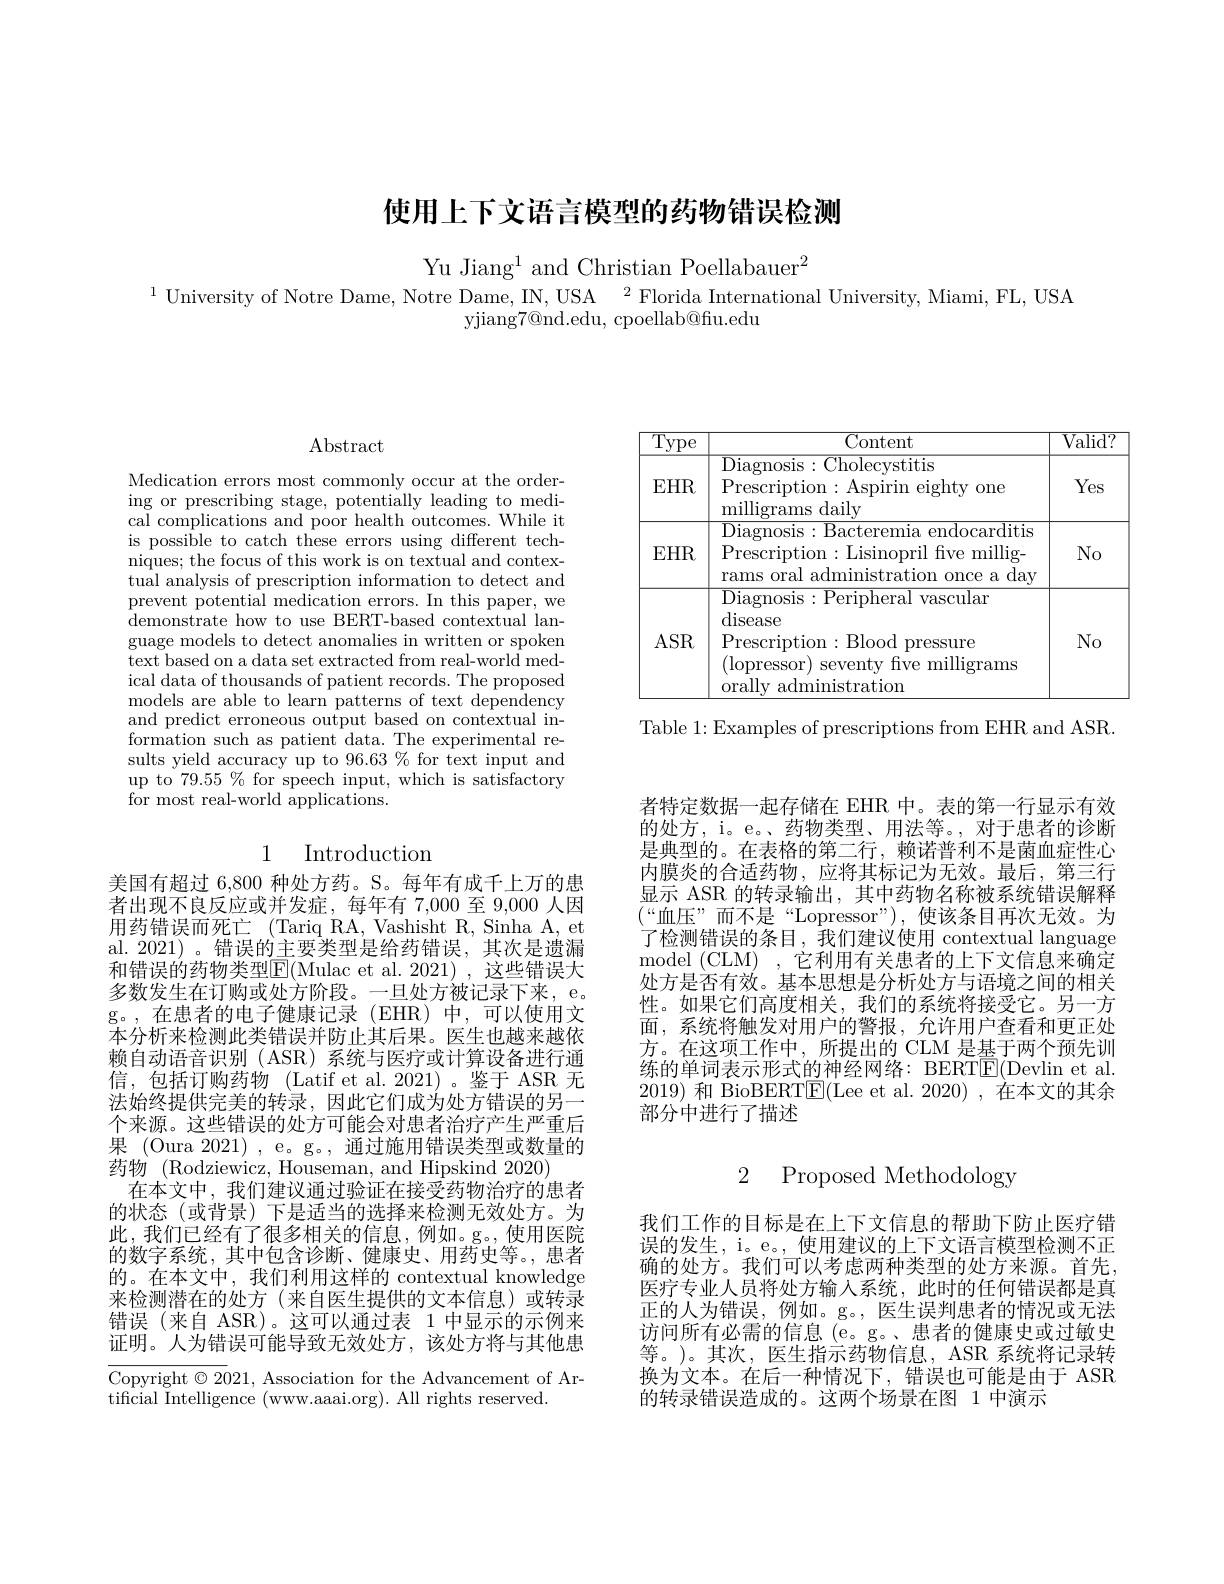
# 使用上下文语言模型的药物错误检测

Yu Jiang$^1$and Christian Poellabauer$^2$
$^{1}$ University of Notre Dame, Notre Dame, IN, USA$^2$ Florida International University, Miami, FL, USA

yjiang7@nd.edu, cpoellab@fu.edu

<table>
	<tbody>
		<tr>
			<th>$\overline{\mathrm{Type}}$</th>
			<th>Content</th>
			<th>$\overline{\mathrm{Valid?}}$</th>
		</tr>
		<tr>
			<td>$EHR$</td>
			<td>Diagnosis:Cholecystitis Prescription: Aspirin ${\mathrm{~eighty~one}}$ milligrams daily</td>
			<td>Yes</td>
		</tr>
		<tr>
			<td>$EHR$</td>
			<td>Diagnosis: Bacteremia endocarditis Prescription:Lisinopril fve millig- rams oral administration once a day</td>
			<td>$No$</td>
		</tr>
		<tr>
			<td>ASR</td>
			<td>${\mathrm{Diagnosis}:\mathrm{Peripheral~vascular}}$ disease Prescription:Blood pressure (lopressor) seventy five milligrams orally administration</td>
			<td>$No$</td>
		</tr>
	</tbody>
</table>

Table 1: Examples of prescriptions from EHR and ASR.

## $\operatorname{Abstract}$

Medication errors most commonly occur at the ordering or prescribing stage, potentially leading to medical complications and poor health outcomes. While it is possible to catch these errors using different techniques; the focus of this work is on textual and contex- tual analysis of prescription information to detect and prevent potential medication errors. In this paper, we demonstrate how to use BERT-based contextual language models to detect anomalies in written or spoken text based on a data set extracted from real-world medical data of thousands of patient records. The proposed models are able to learn patterns of text dependency and predict erroneous output based on contextual information such as patient data. The experimental results yield accuracy up to 96.63 $\%$ for text input and up to $79.55\%$ for speech input, which is satisfactory ${\mathrm{for~most~real-world~applications.}}$

## 1 Introduction

美国有超过 6,800 种处方药。S。每年有成千上万的患者出现不良反应或并发症，每年有 7,000至 9,000 人因用药错误而死亡 (Tariq RA, Vashisht R, Sinha A, et al. 2021)。错误的主要类型是给药错误，其次是遗漏和错误的药物类型E(Mulac et al.2021),这些错误大多数发生在订购或处方阶段。一旦处方被记录下来，e。g。,在患者的电子健康记录(EHR)中，可以使用文本分析来检测此类错误并防止其后果。医生也越来越依赖自动语音识别 (ASR) 系统与医疗或计算设备进行通信，包括订购药物(Latif et al.2021)。鉴于 ASR 无法始终提供完美的转录，因此它们成为处方错误的另一个来源。这些错误的处方可能会对患者治疗产生严重后果 (Oura 2021) , e。g。, 通过施用错误类型或数量的药物 (Rodziewicz, Houseman, and Hipskind 2020)
在本文中，我们建议通过验证在接受药物治疗的患者的状态(或背景)下是适当的选择来检测无效处方。为此，我们已经有了很多相关的信息，例如。g。使用医院的数字系统，其中包含诊断、健康史、用药史等。,患者的。在本文中，我们利用这样的 contextual knowledge 来检测潜在的处方(来自医生提供的文本信息)或转录错误(来自 ASR)。这可以通过表 1 中显示的示例来证明。人为错误可能导致无效处方，该处方将与其他患

Copyright $\odot2021$, Association for the Advancement of Ar-
tificial Intelligence (www.aaai.org). All rights reserved.

者特定数据一起存储在 EHR 中。表的第一行显示有效的处方，i。e。、药物类型、用法等。, 对于患者的诊断是典型的。在表格的第二行，赖诺普利不是菌血症性心内膜炎的合适药物，应将其标记为无效。最后，第三行显示 ASR 的转录输出，其中药物名称被系统错误解释(“血压”而不是“Lopressor”),使该条目再次无效。为了检测错误的条目，我们建议使用 contextual language model ( CLM) , 它利用有关患者的上下文信息来确定处方是否有效。基本思想是分析处方与语境之间的相关性。如果它们高度相关，我们的系统将接受它。另一方面，系统将触发对用户的警报，允许用户查看和更正处方。在这项工作中，所提出的 CLM 是基于两个预先训练的单词表示形式的神经网络：BERT$\boxed{\mathrm{E}}($Devlin et al. 2019)和 BioBERT$\boxed{\mathrm{F}}($Lee et al. 2020) , 在本文的其余部分中进行了描述

2 Proposed Methodology

我们工作的目标是在上下文信息的帮助下防止医疗错误的发生，i。e。, 使用建议的上下文语言模型检测不正确的处方。我们可以考虑两种类型的处方来源。首先， 医疗专业人员将处方输入系统，此时的任何错误都是真正的人为错误，例如。g。,医生误判患者的情况或无法访问所有必需的信息 (e。g。、患者的健康史或过敏史等。)。其次，医生指示药物信息，ASR 系统将记录转换为文本。在后一种情况下，错误也可能是由于 ASR 的转录错误造成的。这两个场景在图 1 中演示